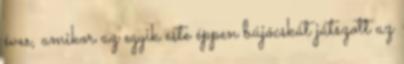
éves, amikor az egyik este éppen bújócskát játszott az